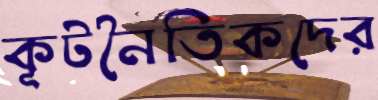
কূটনৈতিকদের